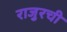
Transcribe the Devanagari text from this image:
राजुरची